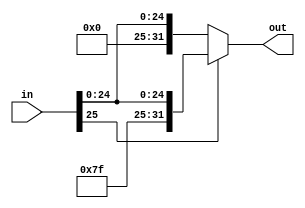
`timescale 1ns / 1ps
////////////////////////////////////////////////////////////////////////////////
// ECE369 - Computer Architecture
// 
// Module - SignExtension.v
// Description - Sign extension module.
////////////////////////////////////////////////////////////////////////////////
module signextend26(in, out);

    /* A 16-Bit input word */
    input [25:0] in;
    
    /* A 32-Bit output word */
    output reg [31:0] out;
    
	always@(*) begin
	if(in[25] == 1) begin
	  out <= {6'b111111, in};
	  end
	else begin
	  out <= {6'b000000, in};
	end
	end

endmodule